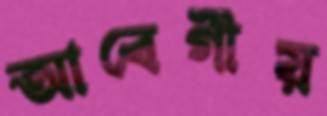
আবেগীয়